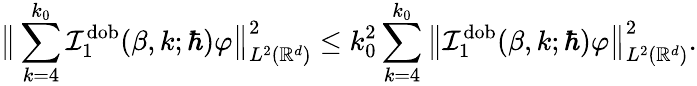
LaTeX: \big\lVert\sum_{k=4}^{k_{0}}\mathcal{I}_{1}^{\mathrm{dob}}(\beta,k;\hbar)\varphi\big\rVert_{L^{2}(\mathbb{R}^{d})}^{2}\leq k_{0}^{2}\sum_{k=4}^{k_{0}}\big\lVert\mathcal{I}_{1}^{\mathrm{dob}}(\beta,k;\hbar)\varphi\big\rVert_{L^{2}(\mathbb{R}^{d})}^{2}.